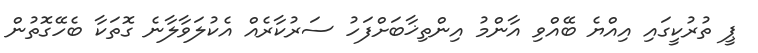
ޕީ ތުރުކީގައި އިއްޔެ ބޭއްވި އާންމު އިންތިޚާބަށްފަހު ސަރުކާރެއް އެކުލަވާލާނެ ގޮތަކާ ބެހޭގޮތުން